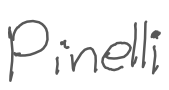
Text: Pinelli
Cross-out: clean
Writing tool: digital_gray